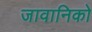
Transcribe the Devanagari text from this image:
जावानिको